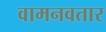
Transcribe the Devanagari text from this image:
वामनवतार